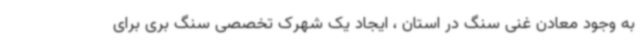
به وجود معادن غنی سنگ در استان ، ایجاد یک شهرک تخصصی سنگ بری برای